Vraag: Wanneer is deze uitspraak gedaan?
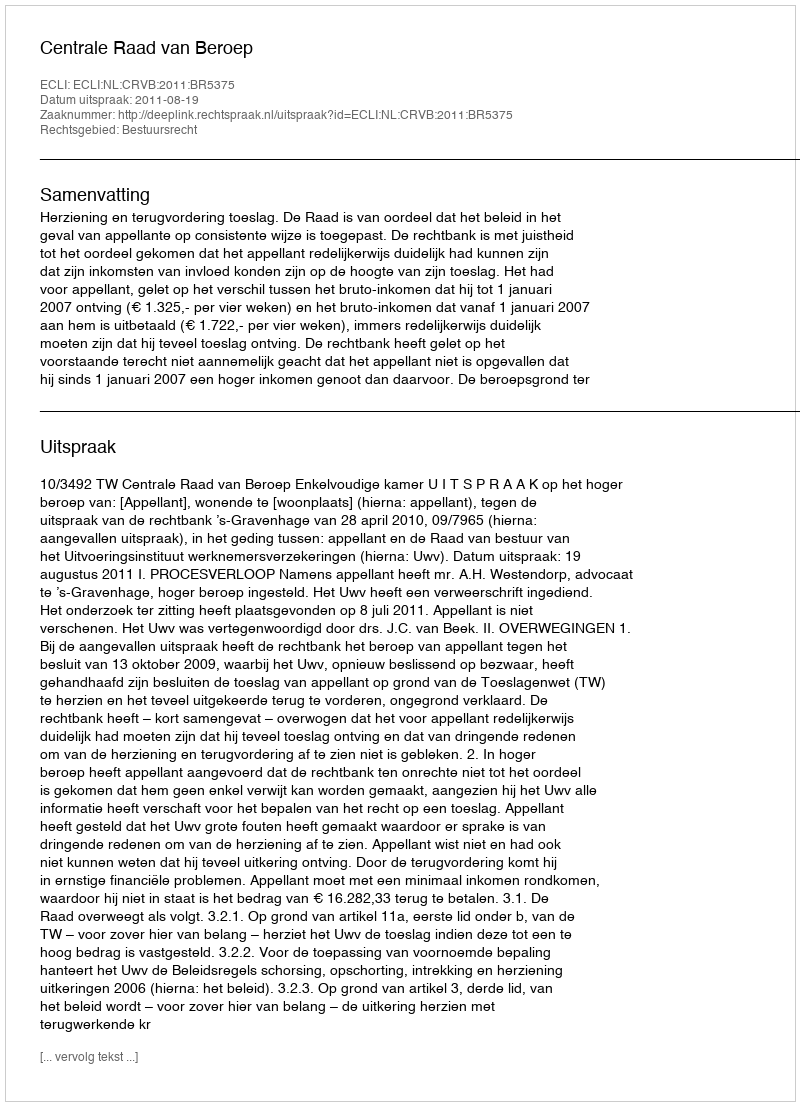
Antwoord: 2011-08-19